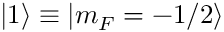
\ensuremath { | 1 \rangle } \equiv | m _ { F } = - 1 / 2 \rangle